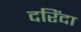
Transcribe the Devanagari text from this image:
दरिंदा